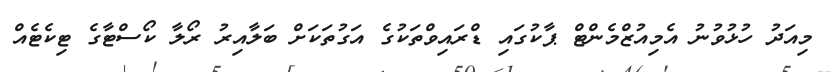
މިއަދު ހުޅުވުނު އެމިއުޒްމެންޓް ޕާކުގައި ޑްރައިވްތަކުގެ އަގުތަކަށް ބަލާއިރު ރޯލާ ކޯސްޓާގެ ޓިކެޓެއް